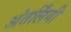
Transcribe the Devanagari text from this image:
अंतर्लिंगी